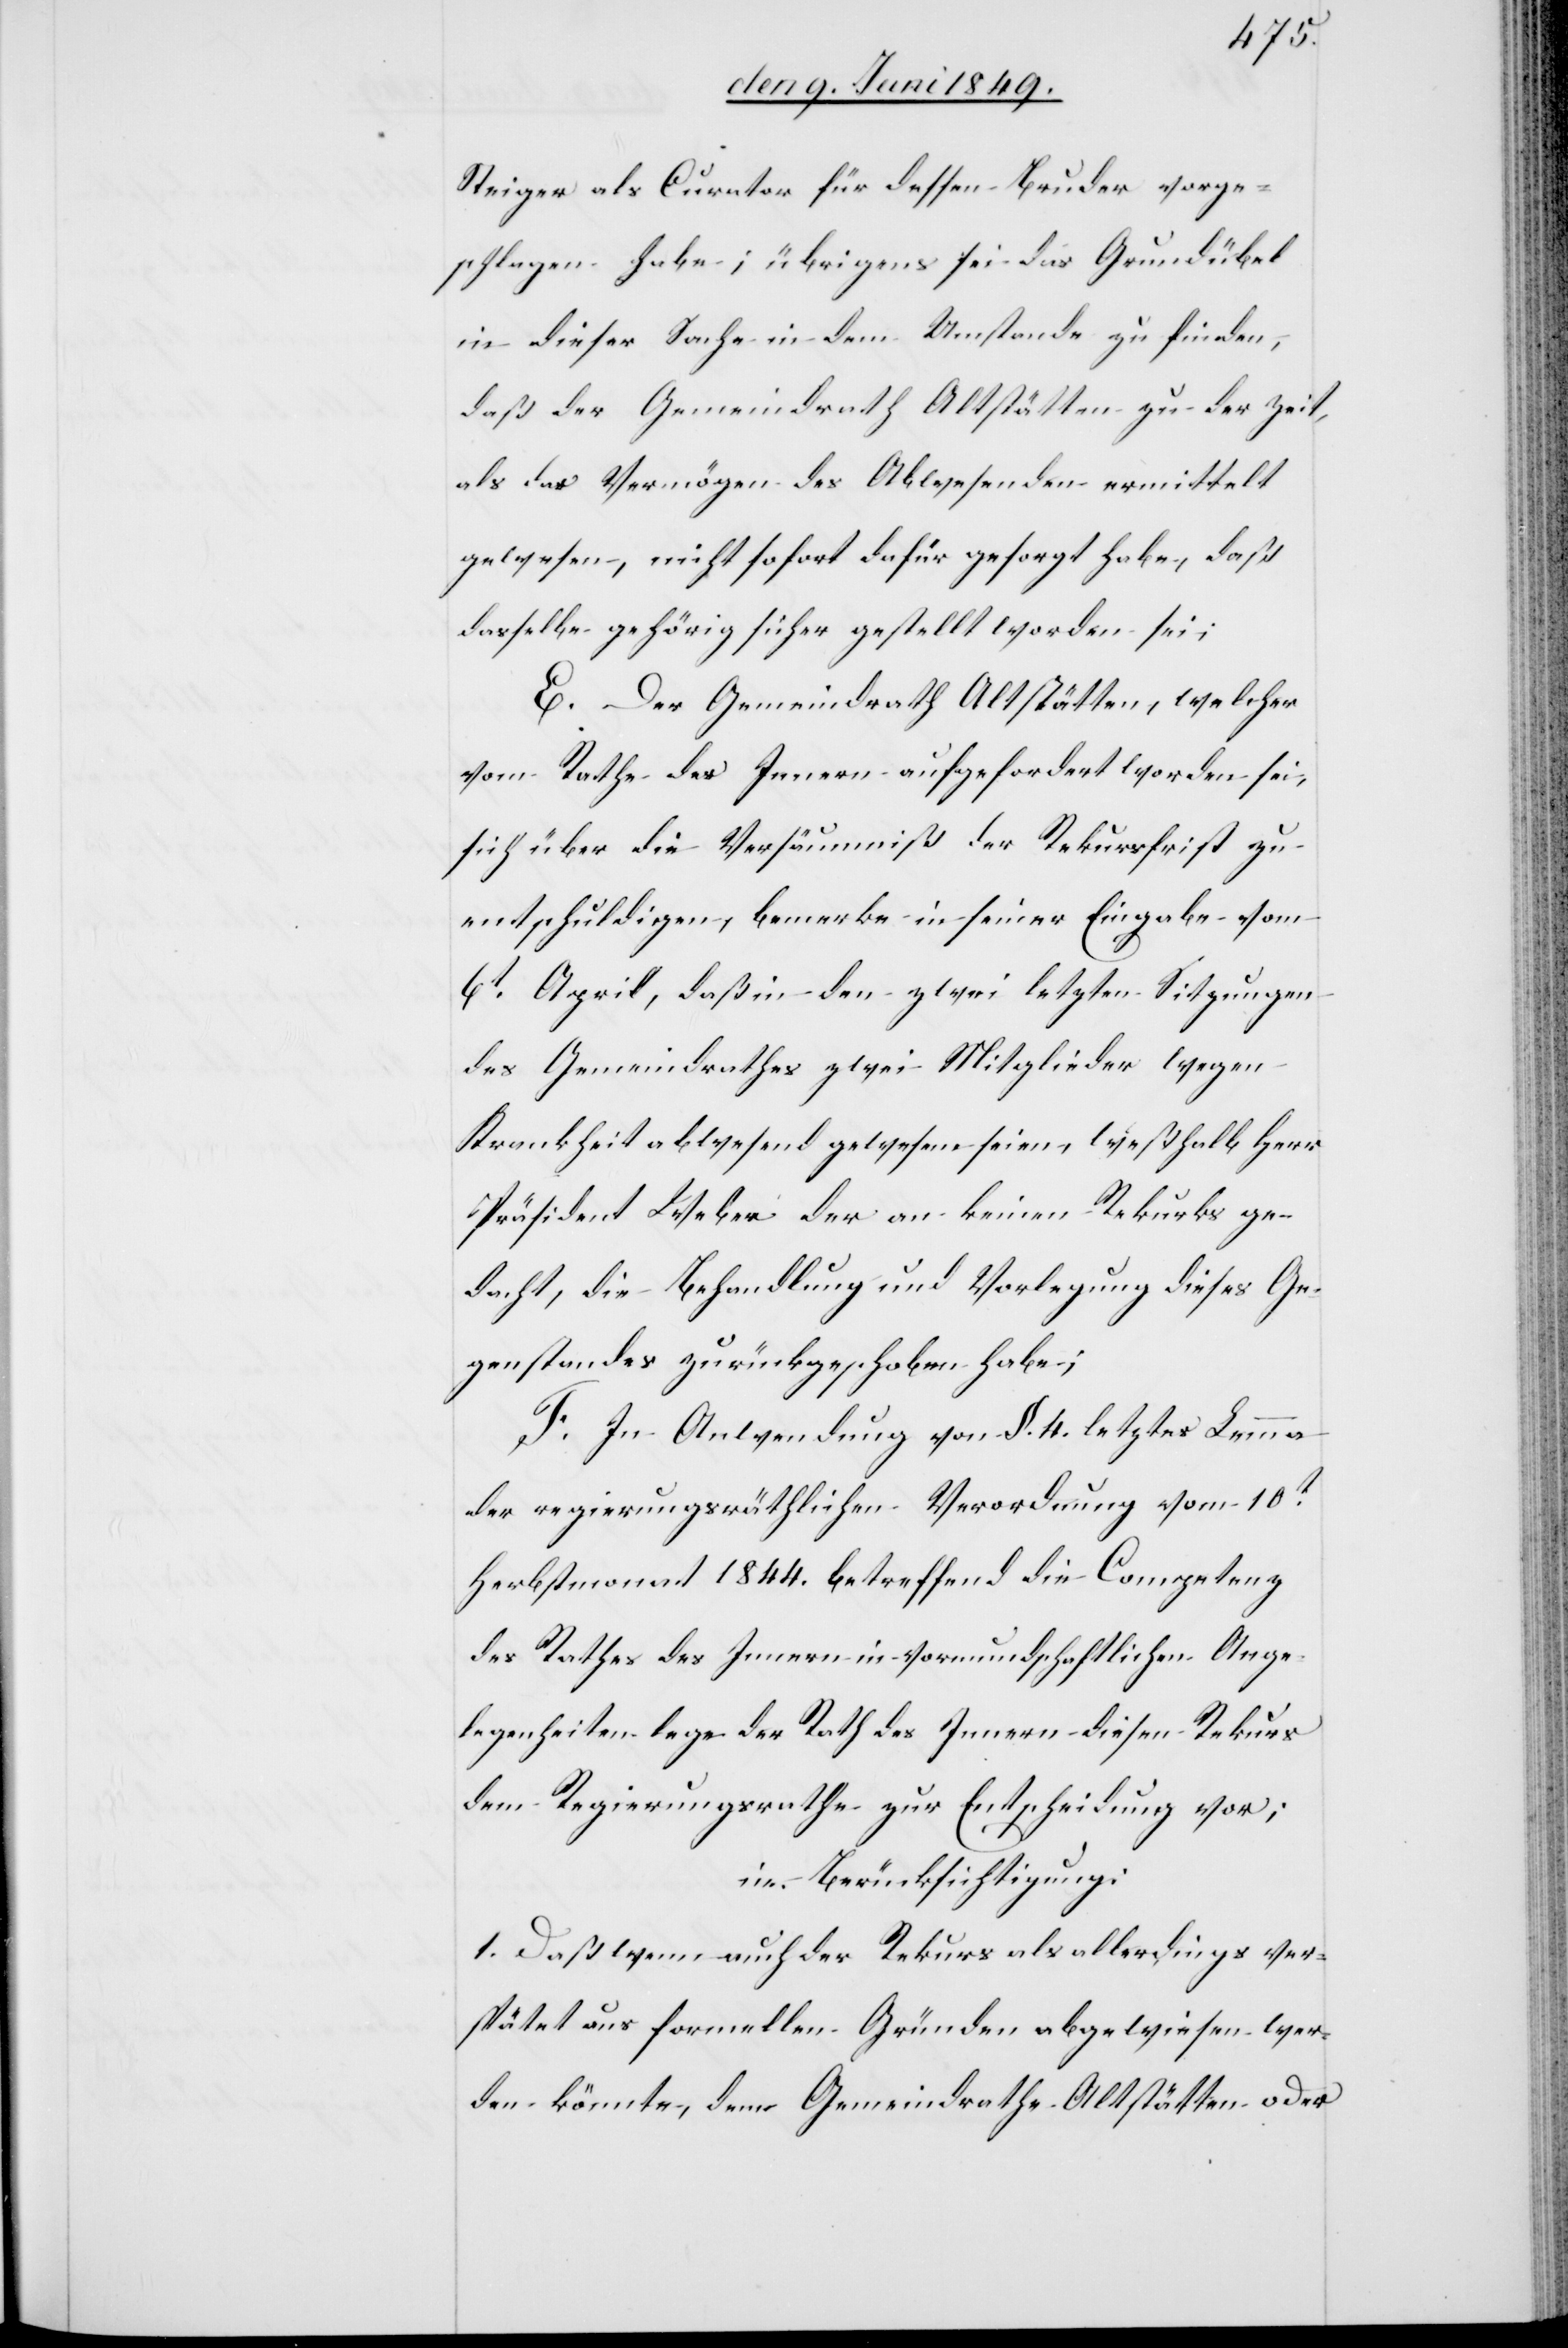
Steiger als Curator für dessen Bruder vorge¬
schlagen habe; übrigens sei das Grundübel
in dieser Sache in dem Umstande zu finden,
daß der Gemeindrath Altstätten zu der Zeit,
als das Vermögen des Abwesenden ermittelt
gewesen, nicht sofort dafür gesorgt habe, daß
dasselbe gehörig sicher gestellt worden sei;
E. Der Gemeindrath Altstätten, welcher
vom Rathe des Innern aufgefordert worden sei,
sich über die Versäumniß der Rekursfrist zu
entschuldigen, bemerke in seiner Eingabe vom
6t April, daß in den zwei letzten Sitzungen
des Gemeindrathes zwei Mitglieder wegen
Krankheit abwesend gewesen seien, weßhalb Herr
Präsident Weber der an keinen Rekurks
gedacht, die Behandlung und Vorlegung dieses Ge¬
genstandes zurückgeschoben habe;
F. In Anwendung von §. 4. letztes Lemma
der regierungsräthlichen Verordnung vom 10t
Herbstmonat 1844. betreffend die Competenz
des Rathes des Innern in vormundschaftlichen Ange¬
legenheiten lege der Rath des Innern diesen Rekurs
dem Regierungsrathe zur Entscheidung vor;
in Berücksichtigung:
1. Daß wenn auch der Rekurs als allerdings ver¬
spätet aus formellen Gründen abgewiesen wer¬
den könnte, dem Gemeindrathe Altstätten oder